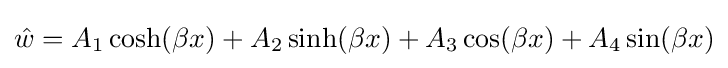
{\hat {w}}=A_{1}\cosh(\beta x)+A_{2}\sinh(\beta x)+A_{3}\cos(\beta x)+A_{4}\sin(\beta x)